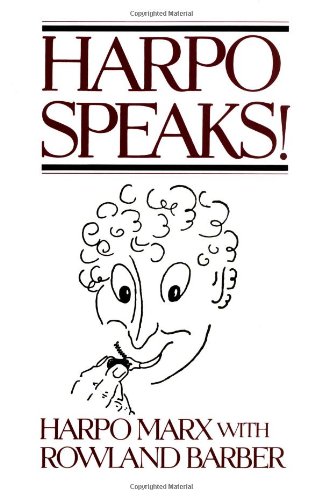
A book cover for Harpo Speaks!; Harpo Marx; Humor & Entertainment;